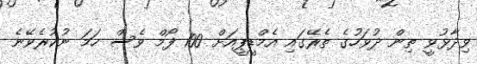
ވިދާޅުވީ ތިން ދުވަހުގެ ތެރޭގައި އެމްޑީޕީއަށް 100 ފޯމް ވެސް ހަމަ ނުކުރެވޭނެ